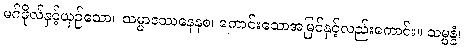
မဂ်ဖိုလ်နှင့်ယှဉ်သော။ သမ္မာဒဿနေနစ၊ ကောင်းသောအမြင်နှင့်လည်းကောင်း။ သမ္ပန္နံ၊